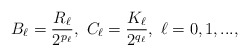
\begin{align*}B_\ell=\frac{R_\ell}{2^{p_\ell}}, \ C_\ell=\frac{K_\ell}{2^{q_\ell}}, \ \ell=0,1,...,\end{align*}